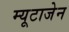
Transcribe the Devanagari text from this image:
म्यूटाजेन